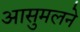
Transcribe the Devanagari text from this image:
आसुमलने